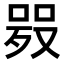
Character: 𠸅